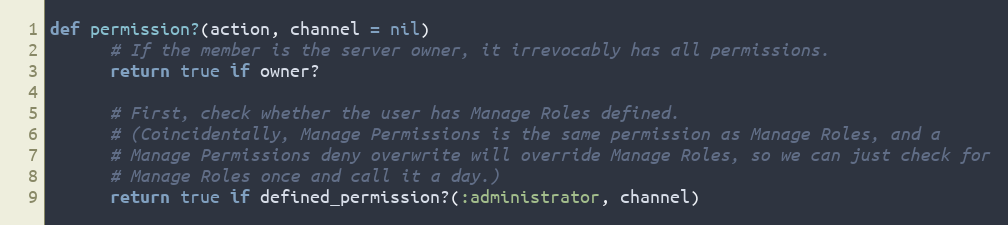
Language: Ruby
def permission?(action, channel = nil)
      # If the member is the server owner, it irrevocably has all permissions.
      return true if owner?

      # First, check whether the user has Manage Roles defined.
      # (Coincidentally, Manage Permissions is the same permission as Manage Roles, and a
      # Manage Permissions deny overwrite will override Manage Roles, so we can just check for
      # Manage Roles once and call it a day.)
      return true if defined_permission?(:administrator, channel)